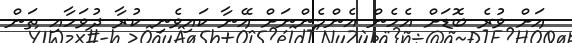
އަށް ވުރެ ބޮޑަށް އެހެން އެންމެންނަށް އޭނާ ކައިވެނި ކުރާ ދުވަހާއި ތަން